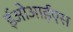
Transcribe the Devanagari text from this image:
ईओआईएस